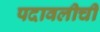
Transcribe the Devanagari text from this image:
पदावलीची